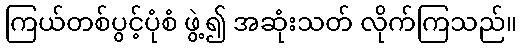
ကြယ်တစ်ပွင့်ပုံစံ ဖွဲ့၍ အဆုံးသတ် လိုက်ကြသည်။